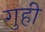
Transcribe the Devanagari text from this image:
गुही